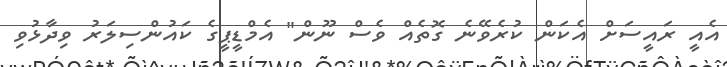
އެއީ ރައީސަށް އެކަން ކުރެވޭނެ ގޮތެއް ވެސް ނޫން" އެމްޑީޕީގެ ކައުންސިލަރު ވިދާޅުވި